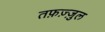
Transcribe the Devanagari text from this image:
तफ़ज़्ज़ुल